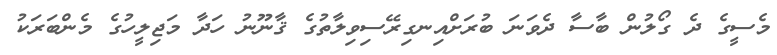
މެސީގެ ދެ ގޯލުން ބާސާ ދެވަނަ ބުރަށްއިނގިރޭސިވިލާތުގެ ޤާނޫނު ހަދާ މަޖިލީހުގެ މެންބަރަކު